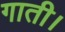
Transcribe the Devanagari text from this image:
गाती।